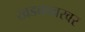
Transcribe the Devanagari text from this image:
खडकावरवर